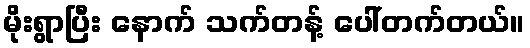
မိုးရွာပြီး နောက် သက်တန့် ပေါ်တက်တယ်။